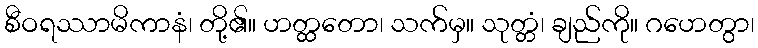
စီဝရဿာမိကာနံ၊ တို့၏။ ဟတ္ထတော၊ သက်မှ။ သုတ္တံ၊ ချည်ကို။ ဂဟေတွာ၊